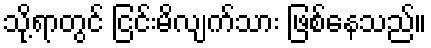
သို့ရာတွင် ငြင်းမိလျက်သား ဖြစ်နေသည်။